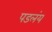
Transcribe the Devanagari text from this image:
पडलंय